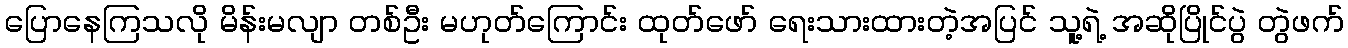
ပြောနေကြသလို မိန်းမလျာ တစ်ဦး မဟုတ်ကြောင်း ထုတ်ဖော် ရေးသားထားတဲ့အပြင် သူ့ရဲ့ အဆိုပြိုင်ပွဲ တွဲဖက်